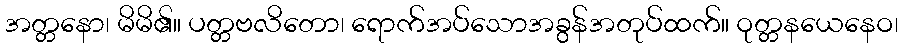
အတ္တနော၊ မိမိ၏။ ပတ္တဗလိတော၊ ရောက်အပ်သောအခွန်အတုပ်ထက်။ ဝုတ္တနယေနေဝ၊